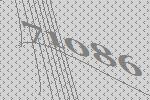
71086